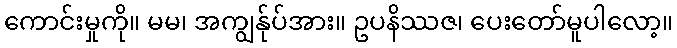
ကောင်းမှုကို။ မမ၊ အကျွန်ုပ်အား။ ဥပနိဿဇ၊ ပေးတော်မူပါလော့။